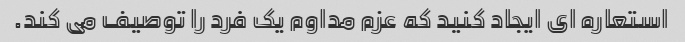
استعاره ای ایجاد کنید که عزم مداوم یک فرد را توصیف می کند.